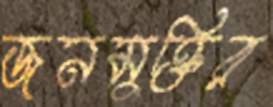
জনমুক্তির